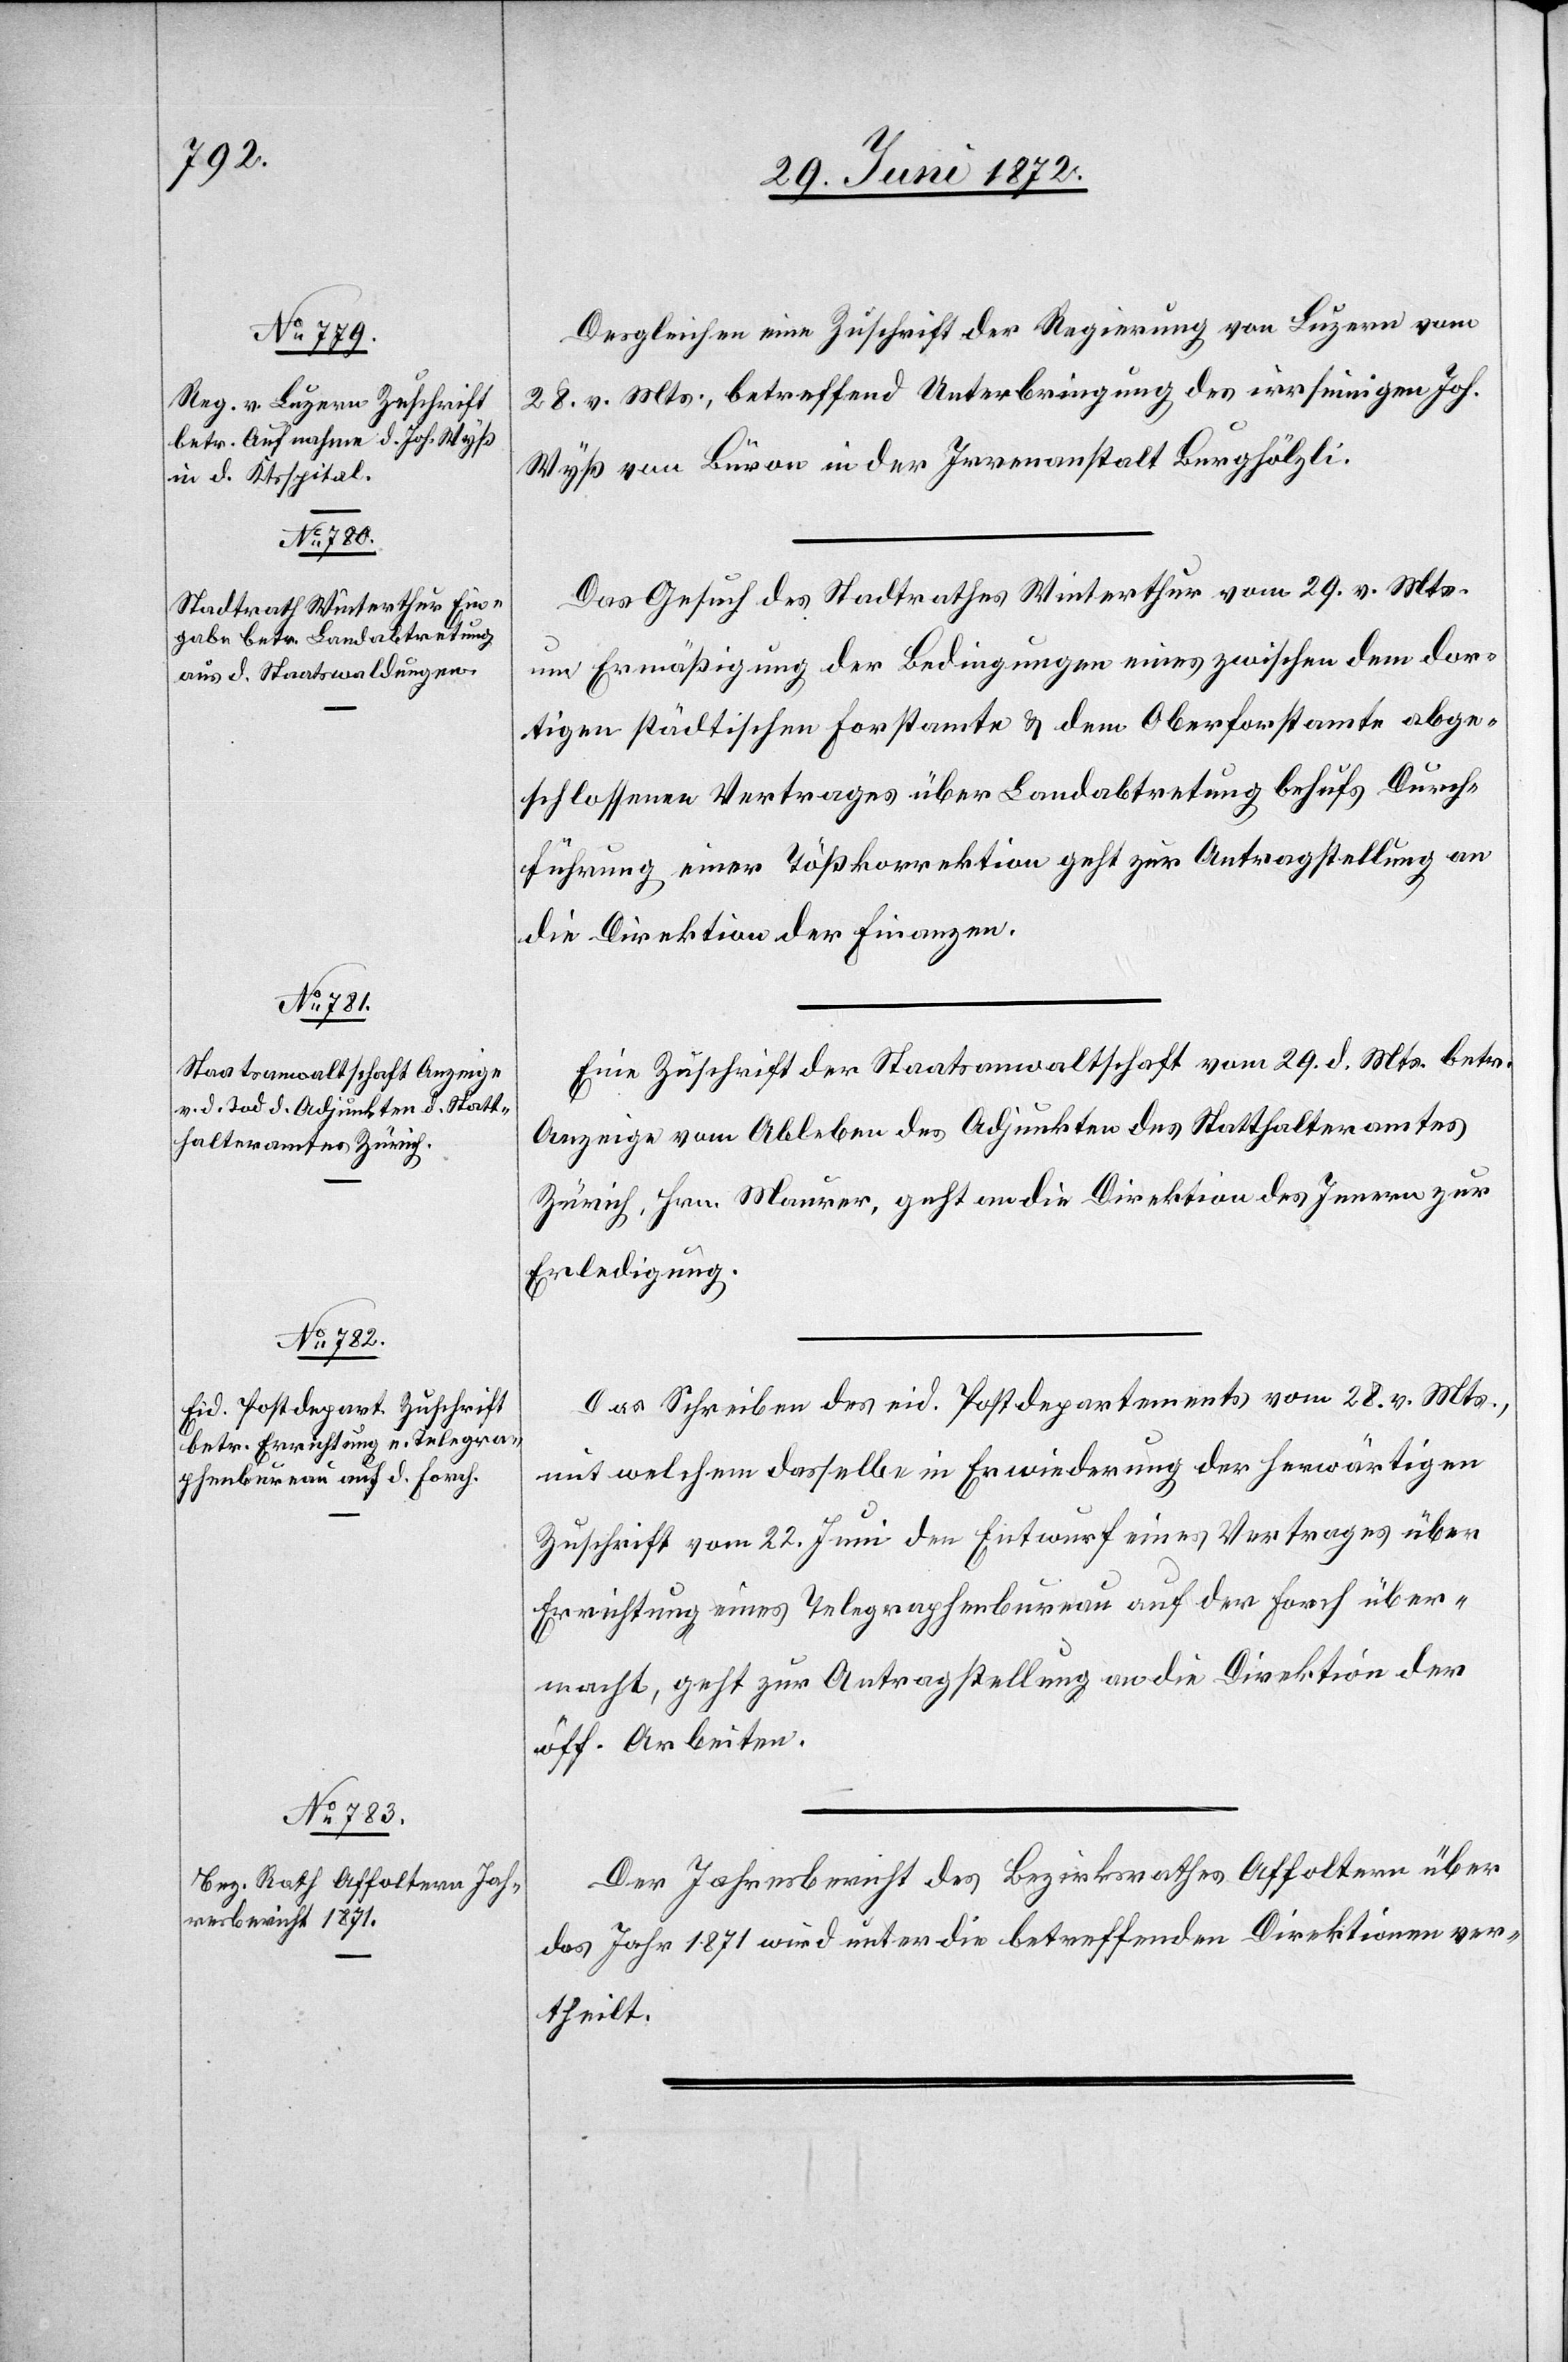
29. Juni 1872.]
Desgleichen eine Zuschrift der Regierung von Luzern vom
28. v. Mts., betreffend Unterbringung des irrsinnigen Joh.
Wyß von Büron in der Irrenanstalt Burghölzli.
Das Gesuch des Stadtrathes Winterthur vom 29. v. Mts.
um Ermäßigung der Bedingungen eines zwischen dem dor¬
tigen städtischen Forstamte u. der Oberforstamte abge¬
schlossenen Vertrages über Landabtretung behufs Durch¬
führung einer Tößkorrektion geht zur Antragstellung an
die Direktion der Finanzen.
Eine Zuschrift der Staatsanwaltschaft vom 29. d. Mts. betr.
Anzeige vom Ableben des Adjunkten des Statthalteramtes
Zürich, Hrn. Maurer, geht an die Direktion des Innern zur
Erledigung.
Das Schreiben des eid. Postdepartements vom 28. v. Mts.,
mit welchem dasselbe in Erwiederung der herwärtigen
Zuschrift vom 22. Juni den Entwurf eines Vertrages über
Errichtung eines Telegraphenbureau auf der Forch über¬
macht, geht zur Antragstellung an die Direktion der
öff. Arbeiten.
Der Jahresbericht des Bezirksrathes Affoltern über
das Jahr 1871 wird unter die betreffenden Direktionen ver¬
theilt.